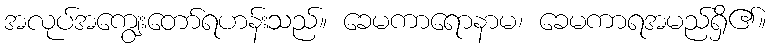
အလုပ်အကျွေးတော်ရဟန်းသည်။ ခေမကာရောနာမ၊ ခေမကာရအမည်ရှိ၏။